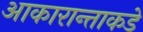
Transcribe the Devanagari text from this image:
आकारान्ताकडे